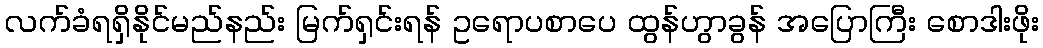
လက်ခံရရှိနိုင်မည်နည်း မြက်ရှင်းရန် ဥရောပစာပေ ထွန်ဟွာခွန် အပြောကြီး စောဒါးဖိုး